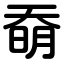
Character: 奣